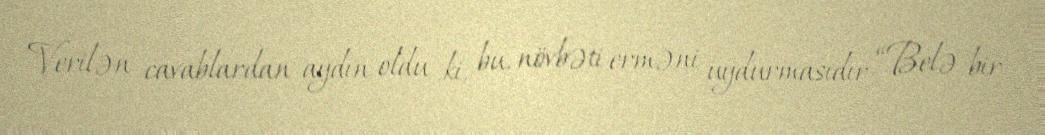
Verilən cavablardan aydın oldu ki, bu, növbəti erməni uydurmasıdır: “Belə bir